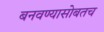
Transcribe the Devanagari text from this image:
बनवण्यासोबतच